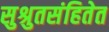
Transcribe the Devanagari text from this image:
सुश्रुतसंहितेत